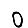
Digit: 0